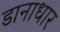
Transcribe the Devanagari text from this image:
डानाधार